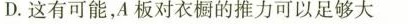
D.这有可能，A板对衣橱的推力可以足够大